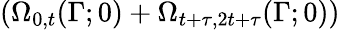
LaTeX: \left(\Omega_{0,t}(\Gamma;0)+\Omega_{t+\tau,2t+\tau}(\Gamma;0)\right)